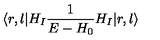
\langle r , l | H _ { I } { \frac { 1 } { E - H _ { 0 } } } H _ { I } | r , l \rangle